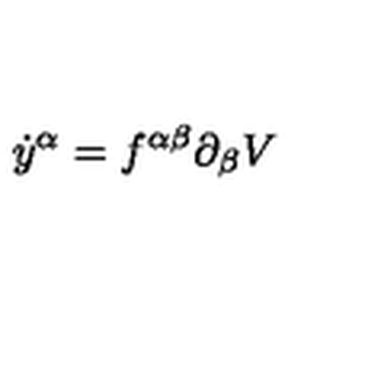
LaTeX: \dot { y } ^ { \alpha } = f ^ { \alpha \beta } \partial _ { \beta } V